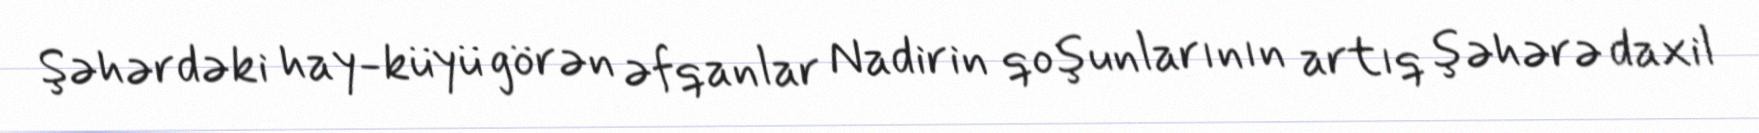
Şəhərdəki hay-küyü görən əfqanlar Nadirin qoşunlarının artıq şəhərə daxil